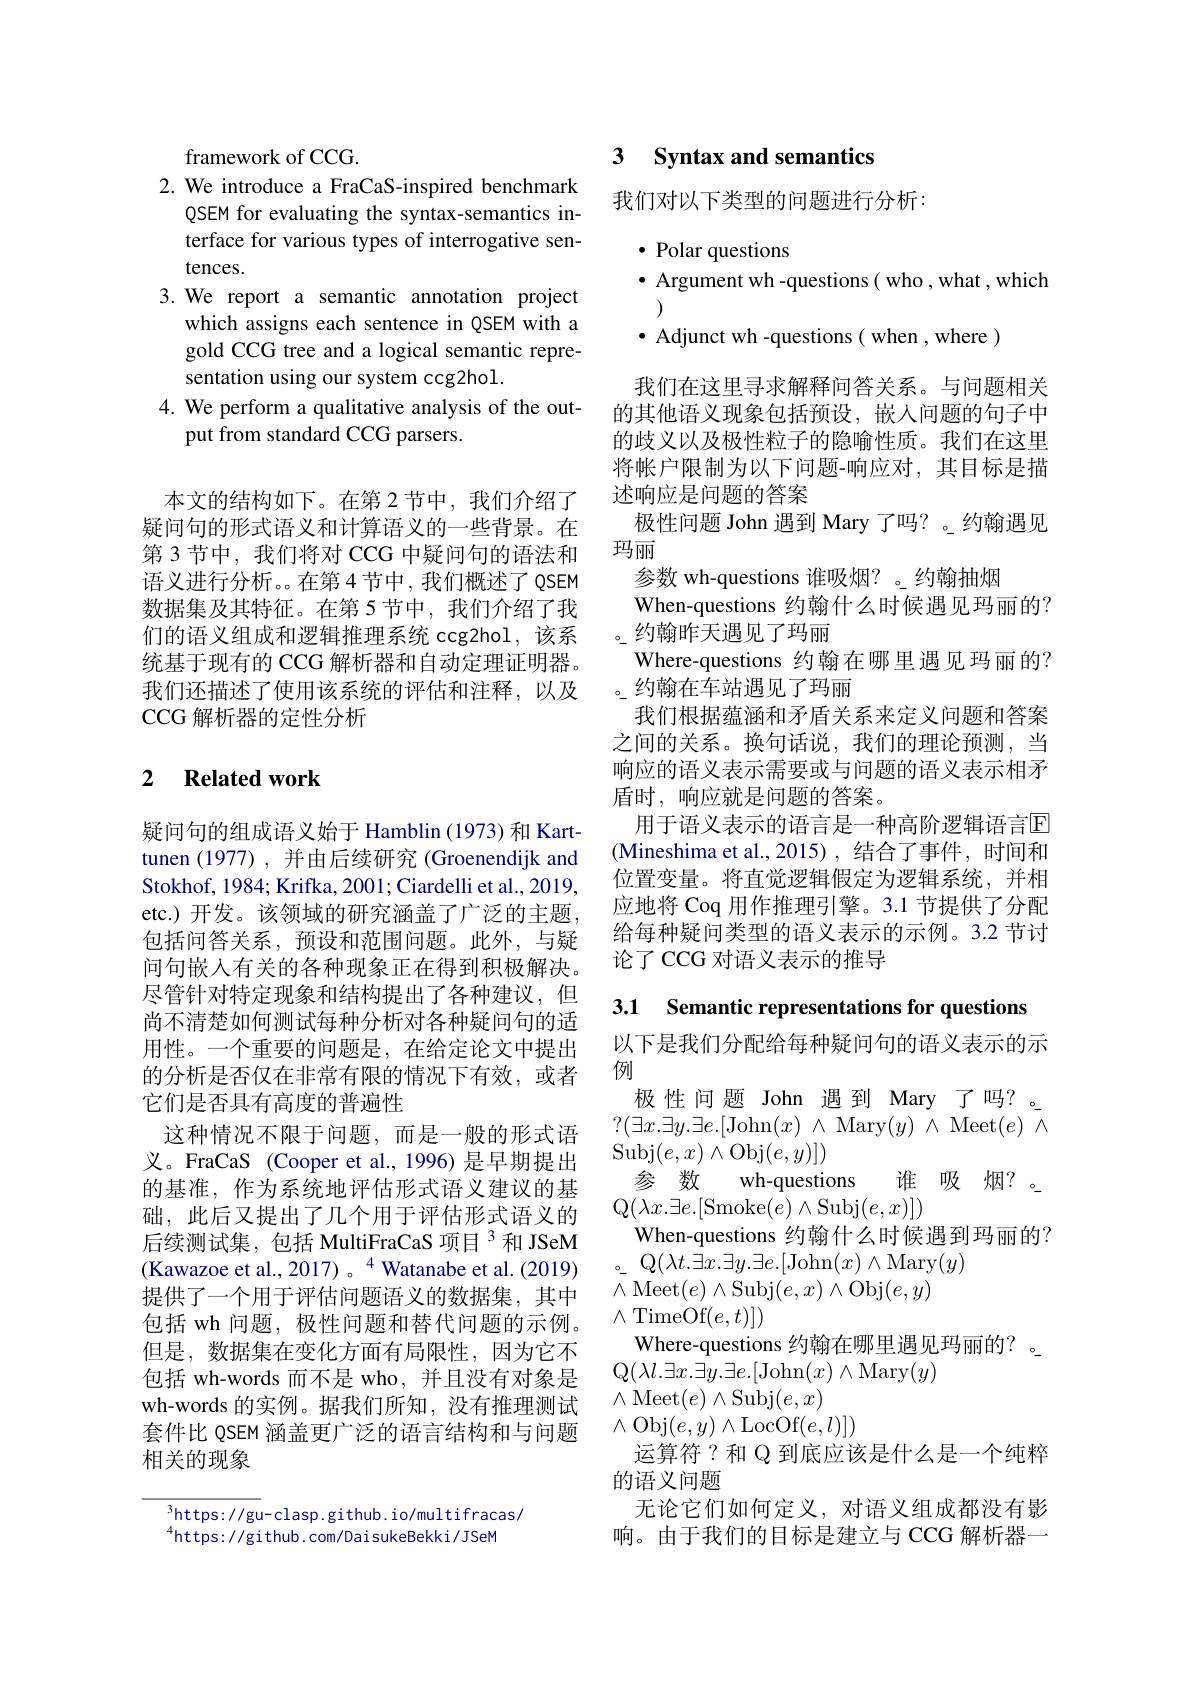
framework of CCG.
2. We introduce a FraCaS-inspired benchmark
QSEM for evaluating the syntax-semantics interface for various types of interrogative sentences.
3. We report a semantic annotation project
which assigns each sentence in QSEM with a gold CCG tree and a logical semantic representation using our system ccg2hol.
4. We perform a qualitative analysis of the out-
put from standard CCG parsers.

本文的结构如下。在第 2 节中，我们介绍了疑问句的形式语义和计算语义的一些背景。在第 3 节中，我们将对 CCG 中疑问句的语法和语义进行分析。。在第4节中，我们概述了QSEM 数据集及其特征。在第 5 节中，我们介绍了我们的语义组成和逻辑推理系统 ccg2hol,该系统基于现有的 CCG 解析器和自动定理证明器。我们还描述了使用该系统的评估和注释，以及$\operatorname{CCG}$解析器的定性分析

### 2 $\textbf{Related work}$

疑问句的组成语义始于 Hamblin (1973) 和 Karttunen (1977) ,并由后续研究 (Groenendijk and Stokhof, 1984; Krifka, 2001; Ciardelli et al., 2019, etc.)开发。该领域的研究涵盖了广泛的主题， 包括问答关系，预设和范围问题。此外，与疑问句嵌入有关的各种现象正在得到积极解决。尽管针对特定现象和结构提出了各种建议，但尚不清楚如何测试每种分析对各种疑问句的适用性。一个重要的问题是，在给定论文中提出的分析是否仅在非常有限的情况下有效，或者它们是否具有高度的普遍性
这种情况不限于问题，而是一般的形式语义。FraCaS (Cooper et al., 1996) 是早期提出的基准，作为系统地评估形式语义建议的基础，此后又提出了几个用于评估形式语义的后续测试集，包括 MultiFraCaS 项目 3 和 JSeM $$($Kawazoe et al., 2017)。^4$ Watanabe et al. (2019) 提供了一个用于评估问题语义的数据集，其中包括 wh 问题，极性问题和替代问题的示例。但是，数据集在变化方面有局限性，因为它不包括 wh-words 而不是 who, 并且没有对象是wh-words 的实例。据我们所知，没有推理测试套件比 QSEM 涵盖更广泛的语言结构和与问题相关的现象

$^{3}$https://gu-clasp.github.io/multifracas/
$^{4}$https://github.com/DaisukeBekki/JSeM

## 3 $\textbf{Syntax and semantics}$

我们对以下类型的问题进行分析：

$\bullet$ Polar questions
$\bullet$ Argument wh -questions( who , what , which

$\bullet$ Adjunct wh -questions( when , where )

我们在这里寻求解释问答关系。与问题相关的其他语义现象包括预设，嵌入问题的句子中的歧义以及极性粒子的隐喻性质。我们在这里将帐户限制为以下问题-响应对，其目标是描述响应是问题的答案
极性问题 John 遇到 Mary 了吗？。约翰遇见
玛丽
参数 wh-questions 谁吸烟？。约翰抽烟
When-questions 约翰什么时候遇见玛丽的？
。约翰昨天遇见了玛丽
Where-questions 约翰在哪里遇见玛丽的？
。约翰在车站遇见了玛丽
我们根据蕴涵和矛盾关系来定义问题和答案之间的关系。换句话说，我们的理论预测，当响应的语义表示需要或与问题的语义表示相矛盾时，响应就是问题的答案。
用于语义表示的语言是一种高阶逻辑语言$\overline{\mathrm{E}}$ (Mineshima et al.,2015), 结合了事件，时间和位置变量。将直觉逻辑假定为逻辑系统，并相应地将 Coq 用作推理引擎。3.1 节提供了分配给每种疑问类型的语义表示的示例。3.2 节讨论了 CCG 对语义表示的推导

3.1 Semantic representations for questions

以下是我们分配给每种疑问句的语义表示的示
例
极性问题 John 遇到 Mary 了吗？。$?(\exists x.\exists y.\exists e.[$John$( x)$ $\wedge$Mary$( y)$ $\wedge$Meet$( e)$ $\wedge$ $\operatorname{Subj}(e,x)\wedge\operatorname{Obj}(e,y)])$
参 数 wh-questions 谁 吸烟？。
$\mathbb{Q}(\lambda x.\exists e.[$Smoke$(e)\wedge$Subj$(e,x)])$
When-questions 约翰什么时候遇到玛丽的？
。Q$( \lambda t. \bar {\exists x}. \exists y. \exists e. [$John$(x)\wedge$Mary$(y)$
$\bar{\wedge}\operatorname{Meet}(e)\wedge\operatorname{Subj}(e,x)\wedge\operatorname{Obj}(e,y)$
$\wedge$TimeOf$(e,t)])$
Where-questions 约翰在哪里遇见玛丽的？。
$\mathbb{Q}(\lambda l.\exists x.\exists y.\exists e.[$John$(x)\wedge$Mary$(y)$
$\wedge\mathop{\mathrm{Meet}}(e)\wedge\mathop{\mathrm{Subj}}(e,x)$
$\wedge$Obj$(e,y)\wedge$LocOf$(e,l)])$
运算符？和 Q 到底应该是什么是一个纯粹
的语义问题
无论它们如何定义，对语义组成都没有影响。由于我们的目标是建立与 CCG 解析器一